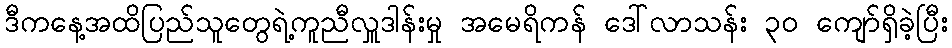
ဒီကနေ့အထိပြည်သူတွေရဲ့ကူညီလှူဒါန်းမှု အမေရိကန် ဒေါ်လာသန်း ၃၀ ကျော်ရှိခဲ့ပြီး